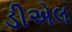
ડીએલ